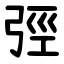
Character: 弳